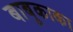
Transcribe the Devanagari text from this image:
बाबूकाका